Jaan_Tonisson_(Lasteleht), lk 355
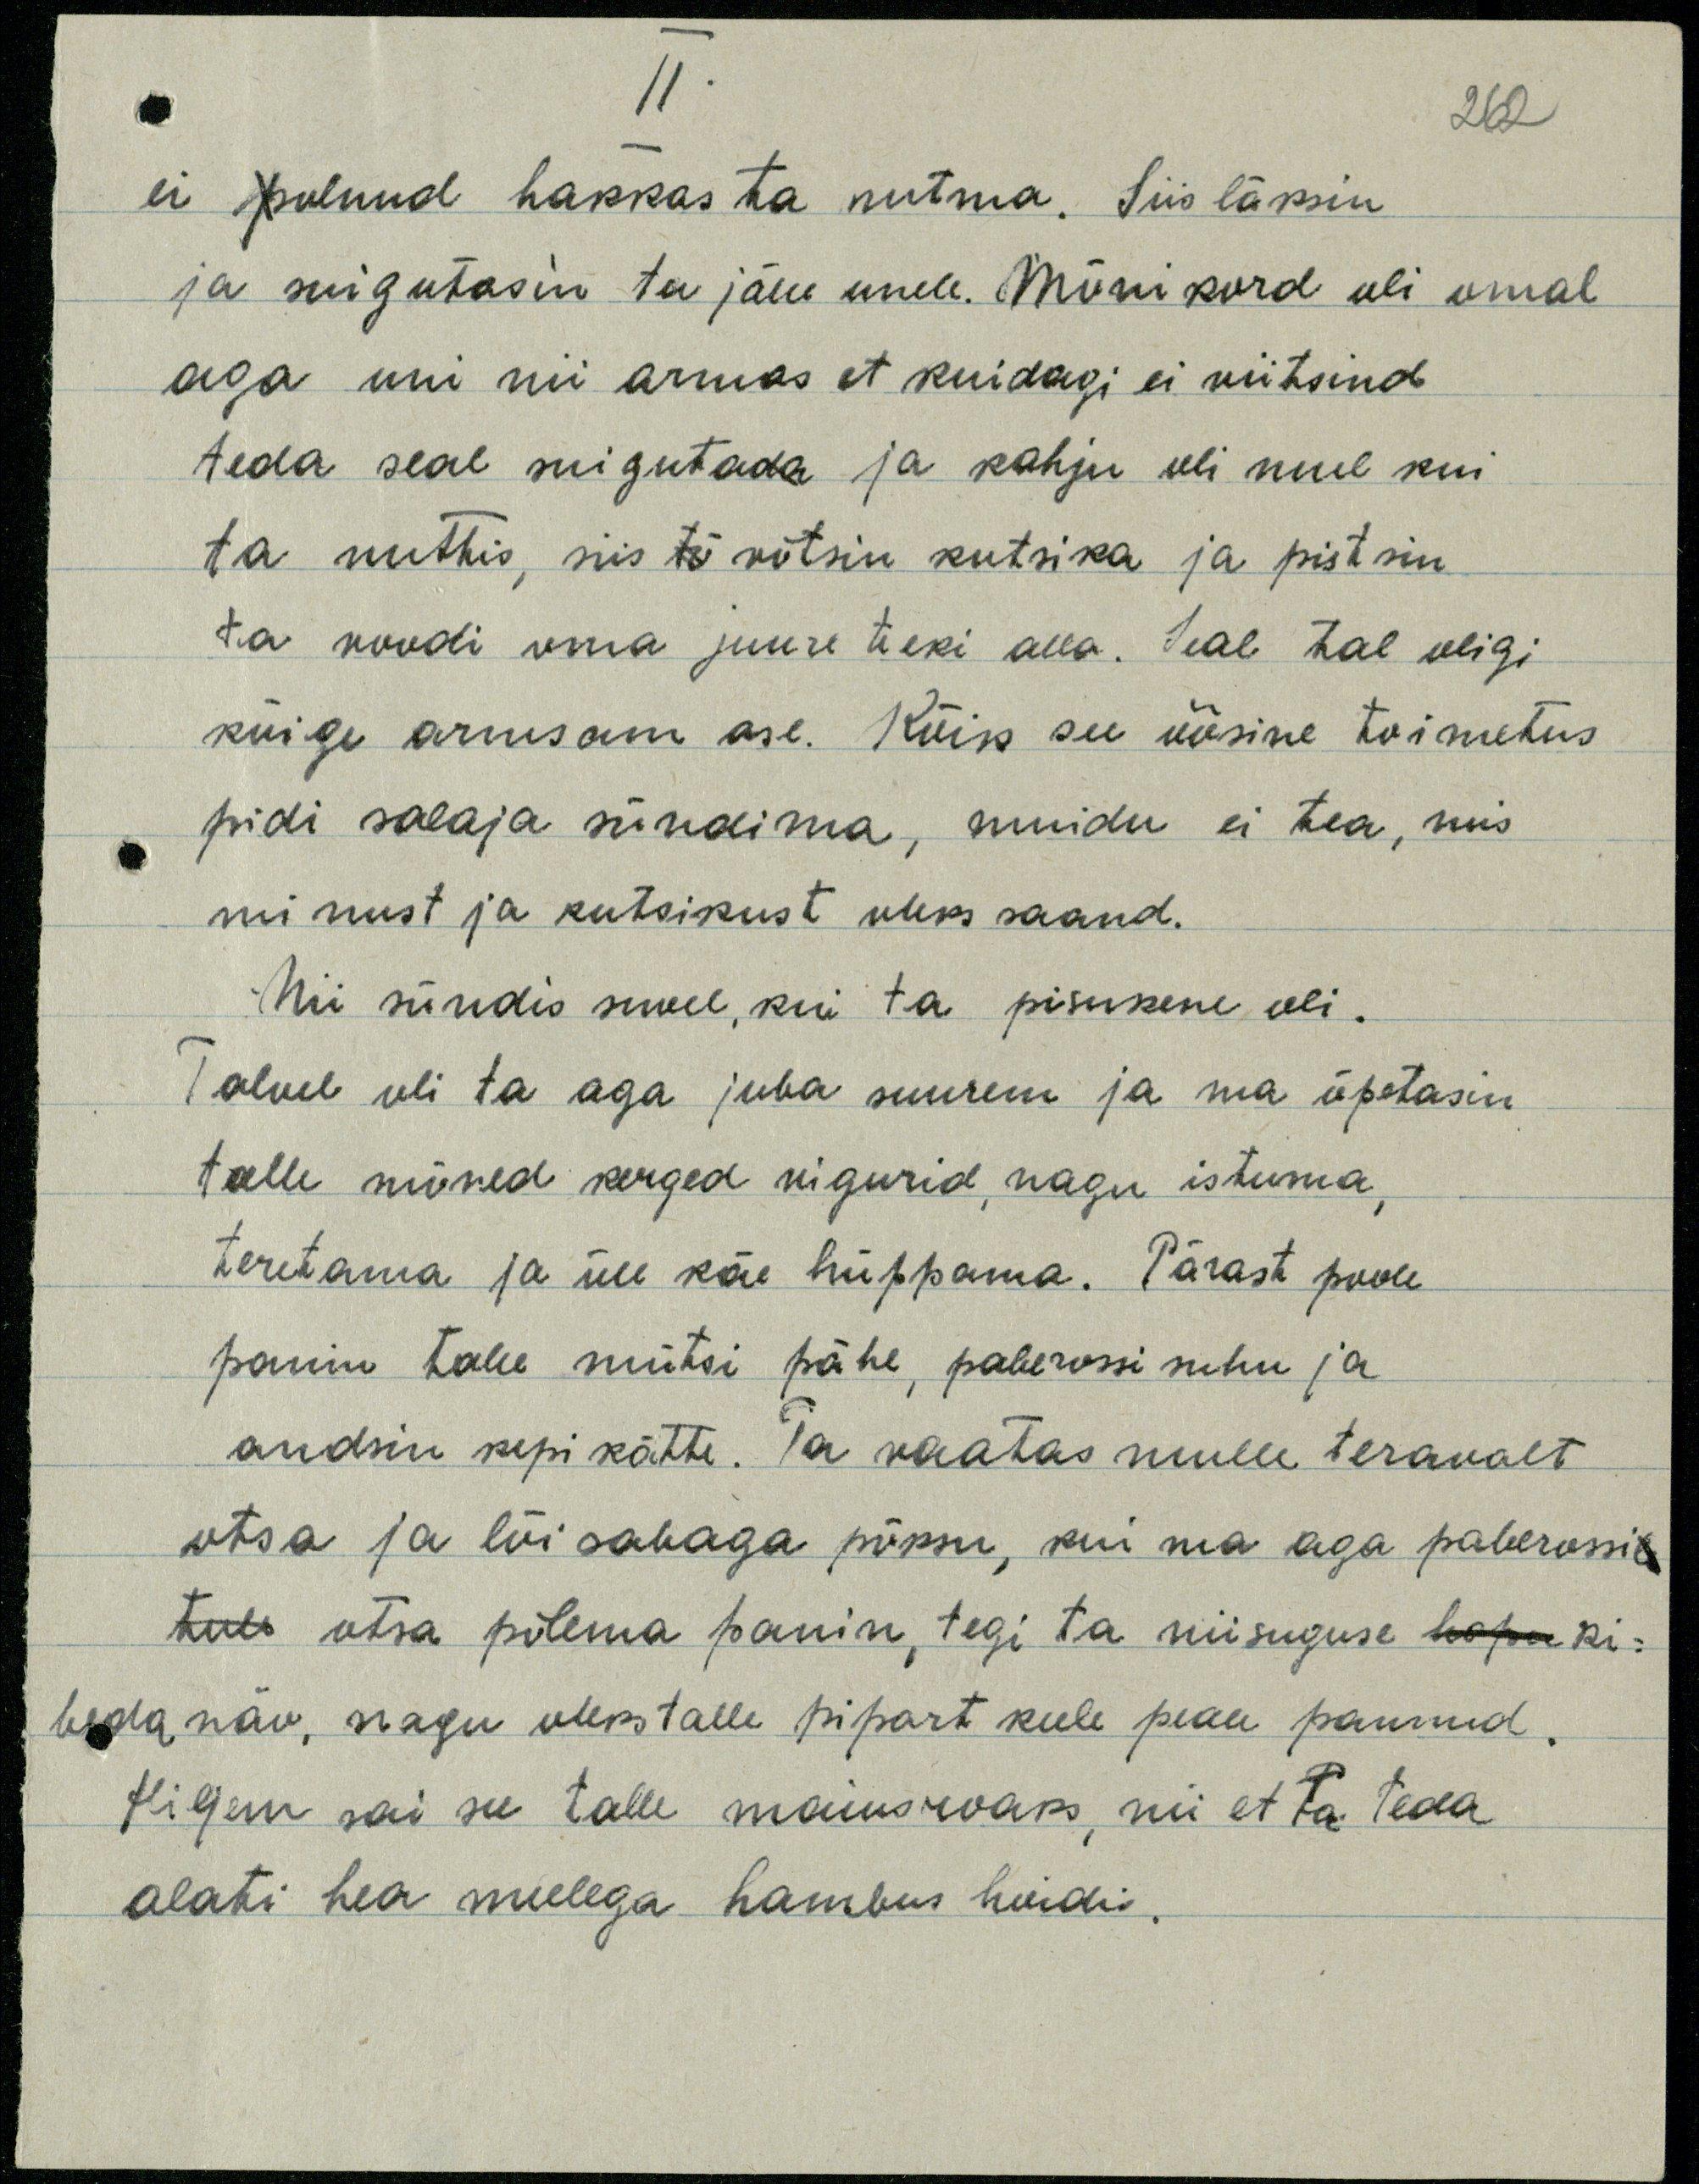
II
ei olnud hakkas ta nutma. Siis läksin
ja suigutasin ta jälle unele. Mõni kord oli omal
aga uni nii armas et kuidasi ei viitsind
teda seal suigutada ja kahju oli mul kui
ta nuttis, siis tõ võtsin kutsika ja pistsin
ta voodi oma juure teki alla. Seal tal oligi
kõige armsam ase. Kõik see öösine toimetus
pidi salaja sündima, muidu ei tea, mis
minust ja kutsikust oleks saand.
Nii sündis suvel, kui ta pisukene oli.
Talvel oli ta aga juba suurem ja ma õpetasin
talle mõned kerged vigurid nagu istuma
teretama ja üle käe hüppama. Pärast poole
panin talle mütsi pähe paberossi suhu ja
andsin kepi kätte. Ta vaatas mulle teravalt
otsa ja lõi sabaga põksu, kui ma aga paberossi
otsa põlema panin, tegi ta niisuguse ki-
beda näo, nagu oleks talle pipart keele peale pannud,
Hiljem sai see talle maiusroaks, nii et ta teda
alati hea meelega hambus hoidis.

262